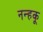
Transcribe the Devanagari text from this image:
नन्हकू